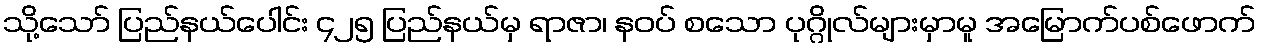
သို့သော် ပြည်နယ်ပေါင်း ၄၂၅ ပြည်နယ်မှ ရာဇာ၊ နဝပ် စသော ပုဂ္ဂိုလ်များမှာမူ အမြောက်ပစ်ဖောက်